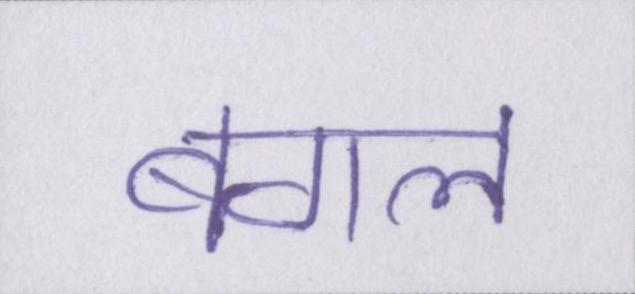
बगल